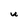
Character: u